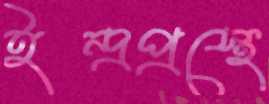
ইন্দ্রপ্রস্থে